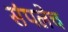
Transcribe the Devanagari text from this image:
संपलेच